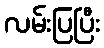
လမ်းပြပြီး